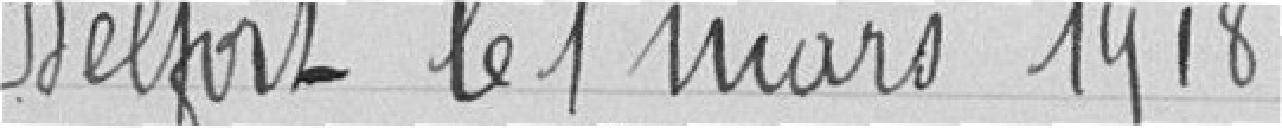
Belfort le 1 mars 1918